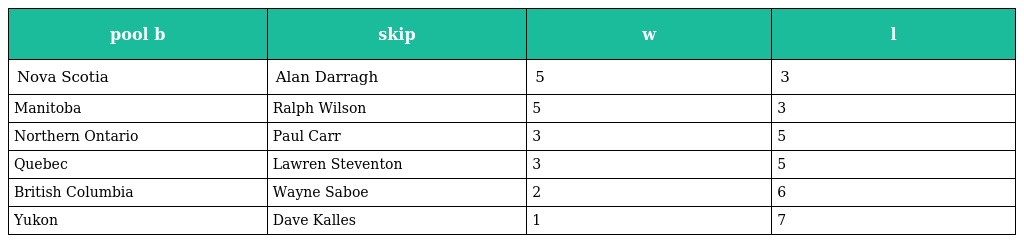
| pool b | skip | w | l |
 | --- | --- | --- | --- |
 | Nova Scotia | Alan Darragh | 5 | 3 |
 | Manitoba | Ralph Wilson | 5 | 3 |
 | Northern Ontario | Paul Carr | 3 | 5 |
 | Quebec | Lawren Steventon | 3 | 5 |
 | British Columbia | Wayne Saboe | 2 | 6 |
 | Yukon | Dave Kalles | 1 | 7 |